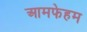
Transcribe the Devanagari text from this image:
आमफेहम